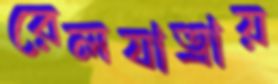
রেলযাত্রায়